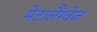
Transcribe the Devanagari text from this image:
मेटालैंग्वेज